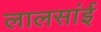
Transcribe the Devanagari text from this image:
लालसांई